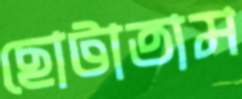
ছোটাতাম